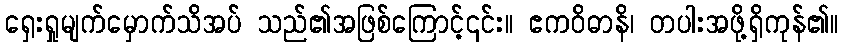
ရှေးရှုမျက်မှောက်သိအပ် သည်၏အဖြစ်ကြောင့်၎င်း။ ဧကဝိဓာနိ၊ တပါးအဖို့ရှိကုန်၏။